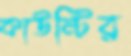
কাউন্টির